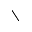
\setminus